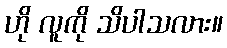
ဟို လူကို သိပါသလား။